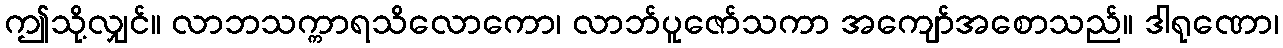
ဤသို့လျှင်။ လာဘသက္ကာရသိလောကော၊ လာဘ်ပူဇော်သကာ အကျော်အစောသည်။ ဒါရုဏော၊